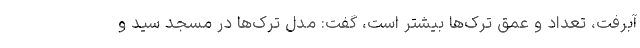
آبرفت، تعداد و عمق ترک‌ها بیشتر است، گفت: مدل ترک‌ها در مسجد سید و